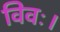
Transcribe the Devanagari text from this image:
विवः।